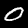
Digit: 0